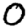
Digit: 0